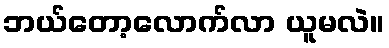
ဘယ်တော့လောက်လာ ယူမလဲ။